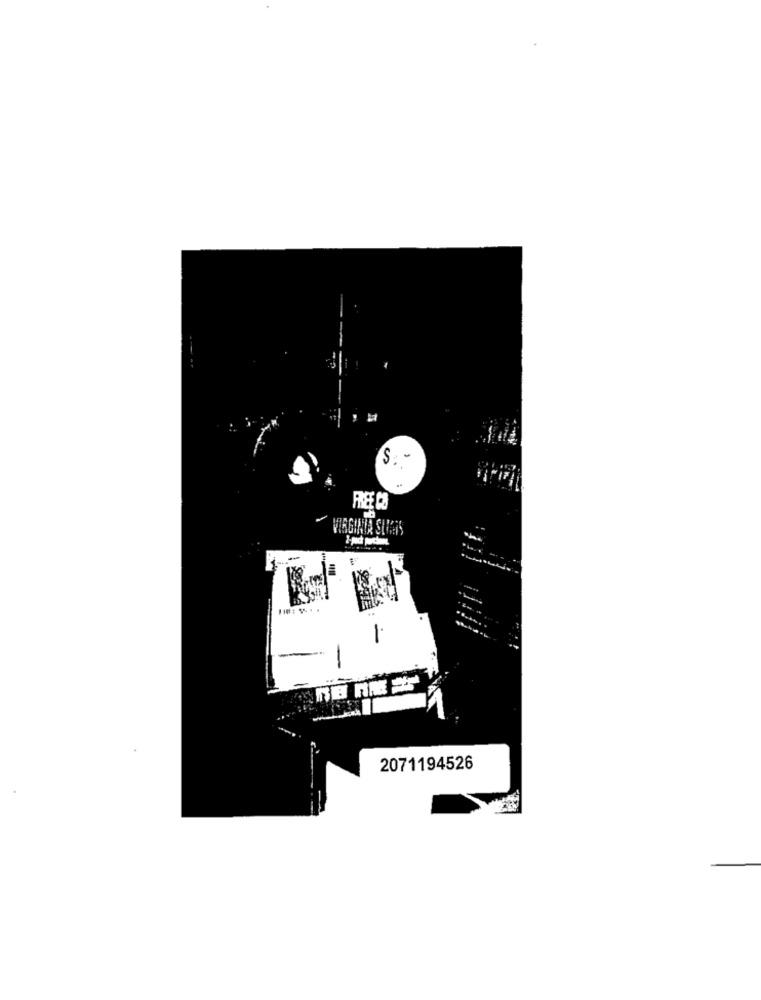
S. -
FREE CO
VIRGINIA SINAIS
-
2071194526